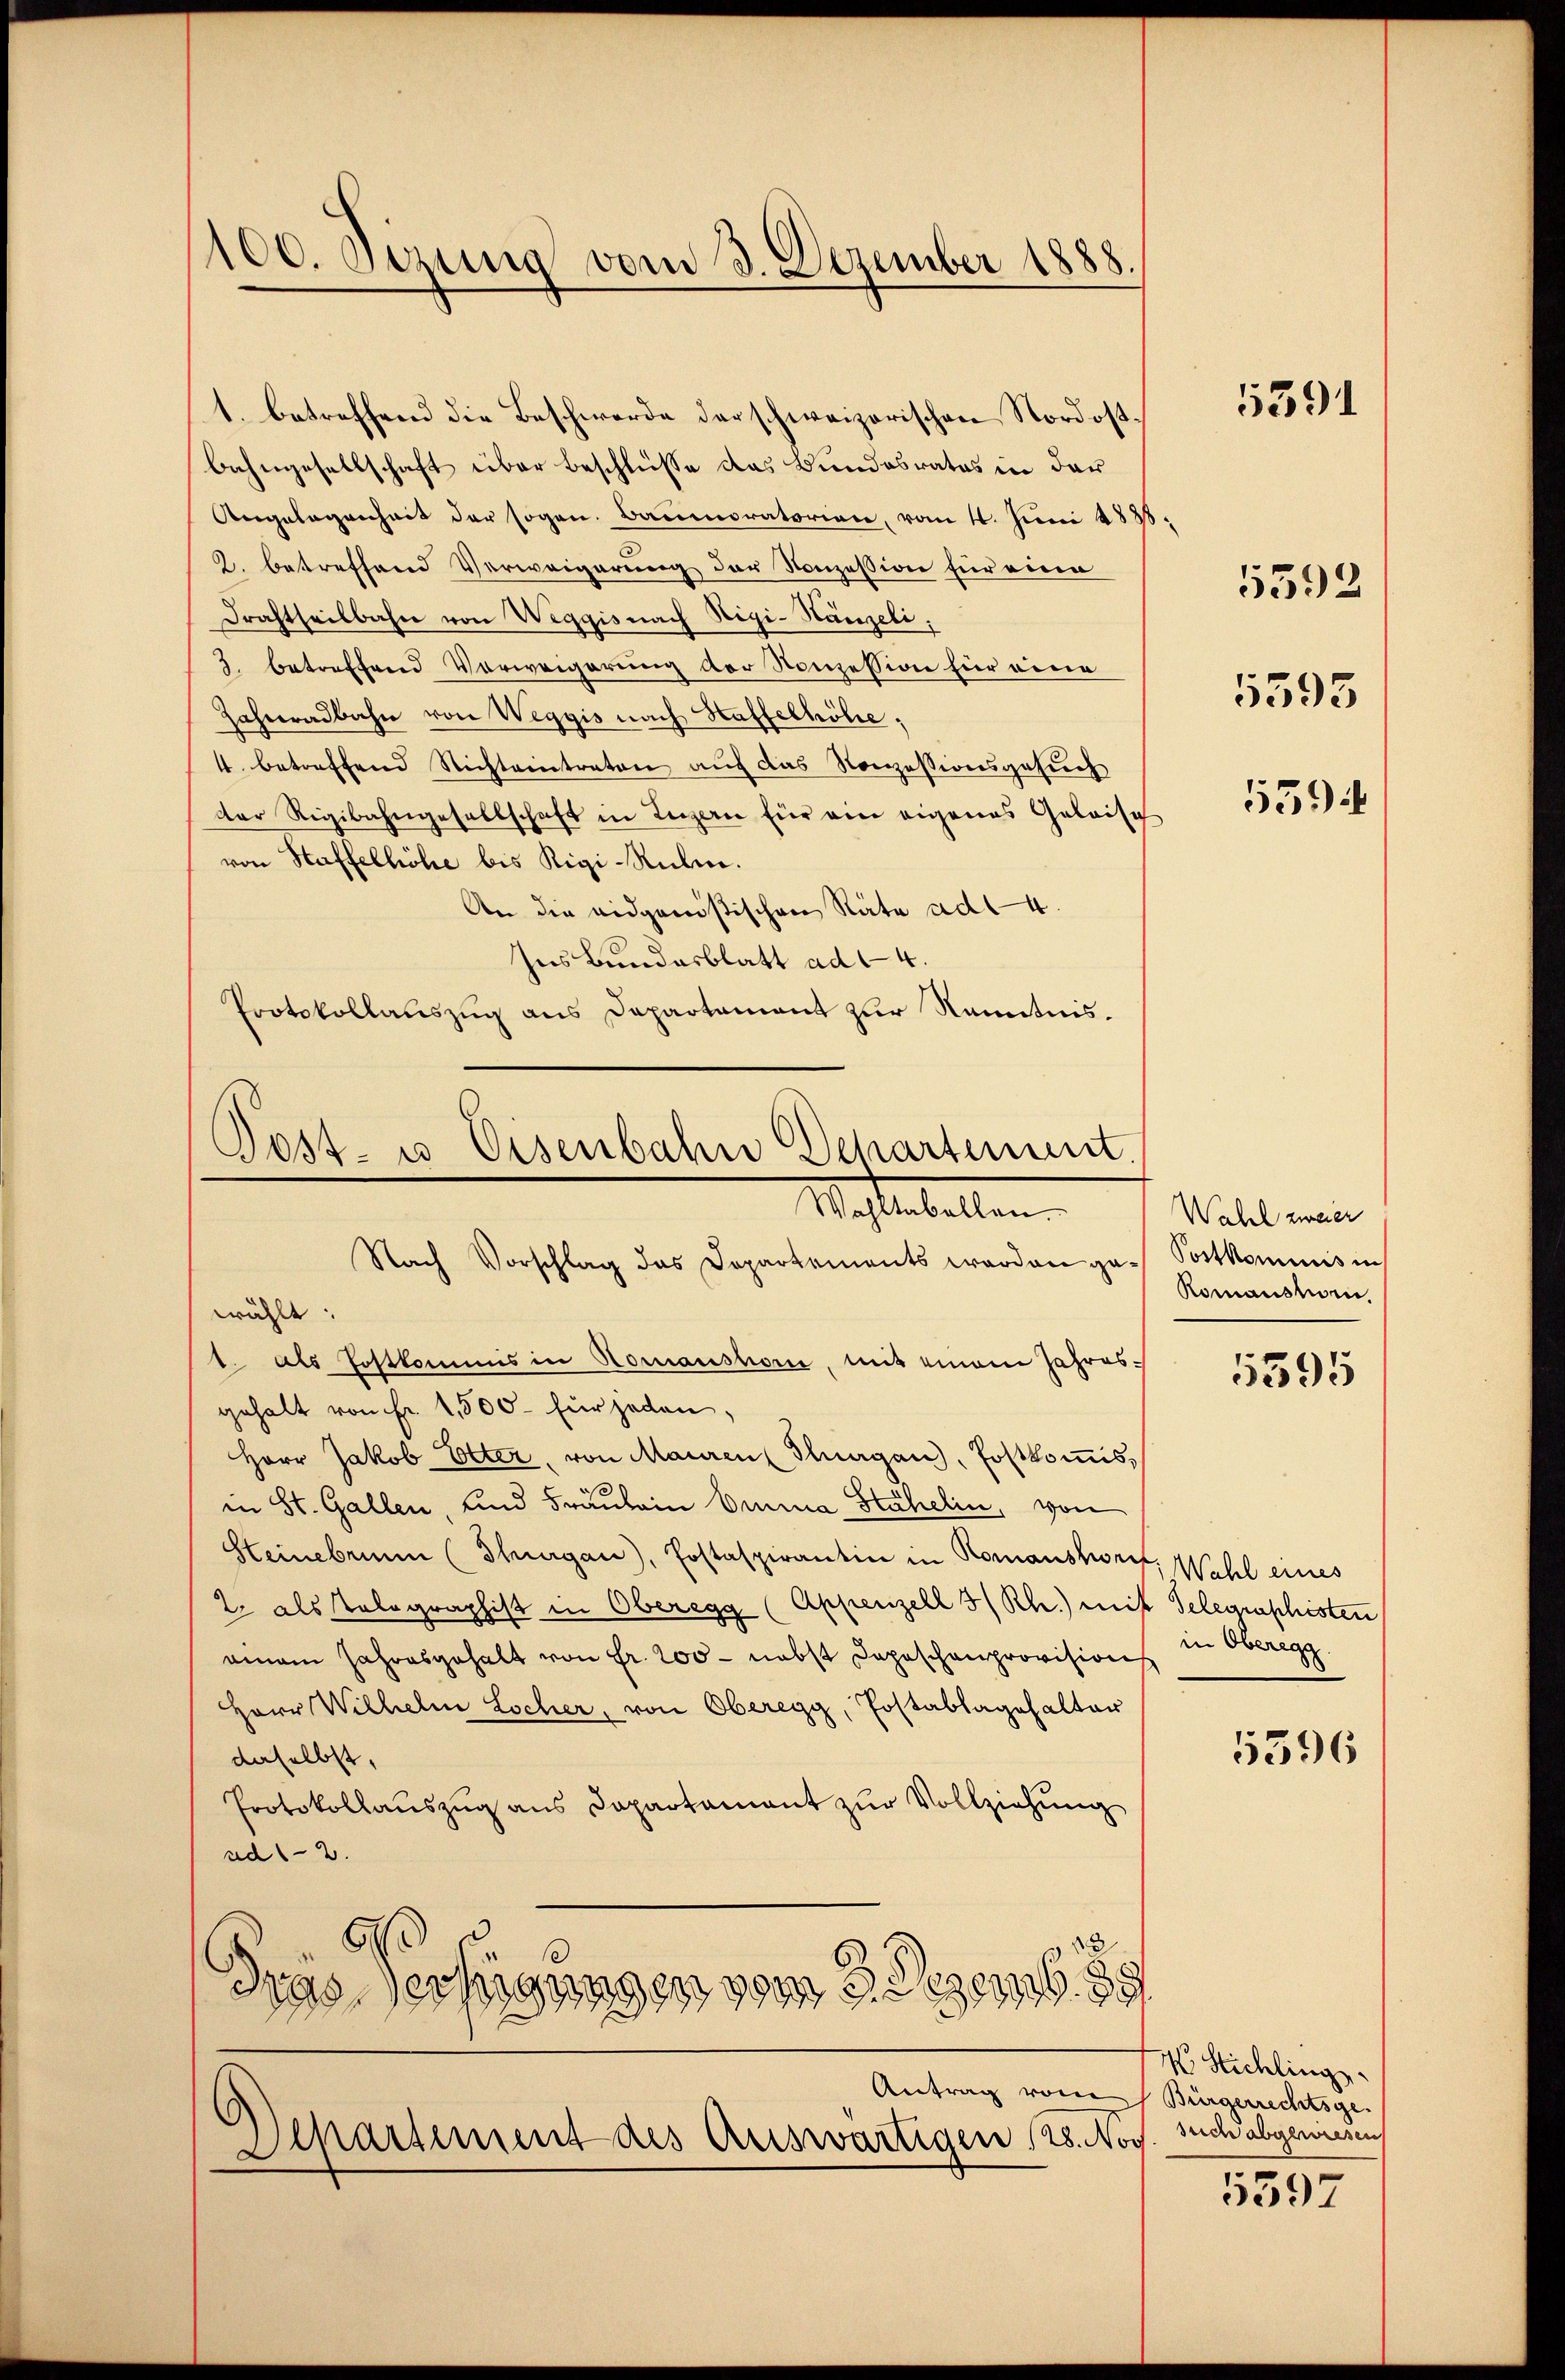
100. Sizung vom 3. Dezember 1888.

1. betreffend die Beschwerde der schweizerischen Nordostbahngesellschaft über Beschlüsse das Bundesrates in der
Angelegenheit der sogen. Baumoratorien, vom 1. Juni 1888
2. betreffend Verweigerung der Konzession für eine
Drahtheilbahn von Weggis nach Rigi-Hänzeli;
3. betreffend Vorweigerung der Konzession für eine
Zahneralbahn von Weggis nach Haffelhöhe;
4. betreffend Nichteintreten auf das Nonzessionsgesuch
der Rigibahngesellschaft in Luzern für ein eigenes Geleise
von Haffelhöhe bis Rigi-Ruben.
An die eidgenössischen Rata ad 4.
Ins Bundesblatt ad 4.
Protokollauszug aus Departement zur Kenntnis¬

Post- u. Eisenbahn Departement.
Mastabellen.
Nach Vorschlag das Departements werden ge¬

wählt:
1. als Postkommis in Romanshor, mit einem Jahres-
gehalt von Fr. 1,500 für jeden,
Herr Jakob Etter, von Mauren Thurgau, Postkomisin St. Gallen, und Fräulein Omina Stähelin, von
Steinebrium (Thurgau), Postaspirantin in Romanshof, Wahl eines
2. als Telegraphist in Oberegg (Appenzell 3/ Rh.) mit Telegraphisten
ainem Jahresgehalt von Fr. 200 - nebst Depeschenprovision
Herr Wilhelm Locher, von Oberegg, Postablagehalter
daselbst,
Protokollauszug aus Departament zur Vollziehung
ad 2.
d
dres Verfügungen vom 3. Dezemb. 88
Antrag vom
Departement des Auswärtigen 128. Nov

5391

5595

5592

539

Wahl zweier
Postkommnis in
Romansten,

5395

in Oberegg

5396

Wo Stichling.
Bürgerrechtsge-
such abgewiesen

5397